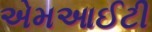
એમઆઈટી